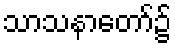
သာသနာတော်၌